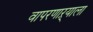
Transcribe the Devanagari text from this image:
वापरणाऱ्याला